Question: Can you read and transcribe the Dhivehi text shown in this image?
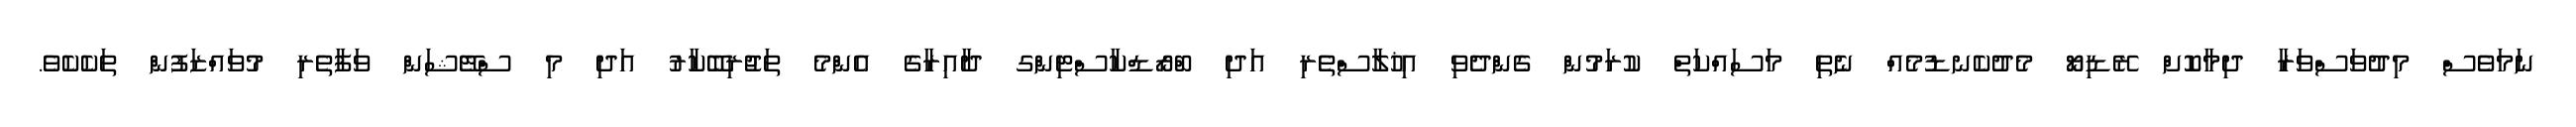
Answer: ނަމަވެސް މިދުވަސްވަރާ ދިމާކޮށް ރޭޑިޔޯ މެދުކެނޑުމެއް ނެތި މަސައްކަތް ކުރަމުން ގެންދެވި އިޚުލާސްތެރި އަދި ބްރޯޑްކާސްޓިންގ ދާއިރާގެ އެންމެ ތަޖުރިބޭކާރު އަދި މި ސްޓޭޝަން ވަފާތެރި މުވައްޒަފުން ތަކެކެވެ.